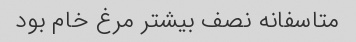
متاسفانه نصف بیشتر مرغ خام بود